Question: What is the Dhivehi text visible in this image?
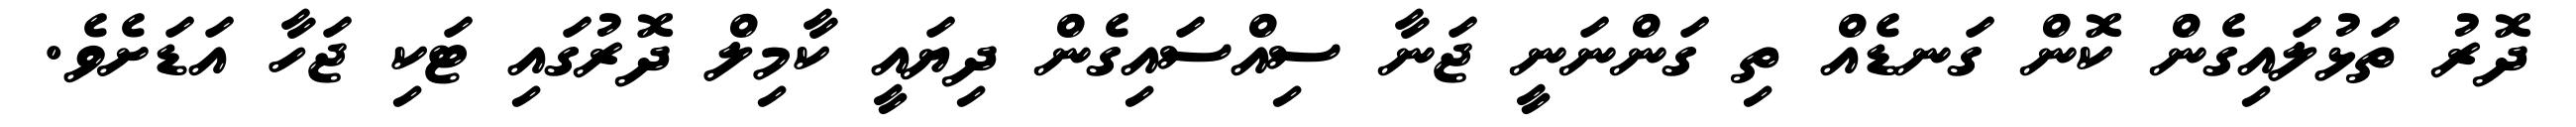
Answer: ދޮރު ތަޅުލައިގެން ކޮން ގަނޑެއް ތި ގަންނަނީ ޖަނާ ސިއްސައިގެން ދިޔައީ ކާމިލް ދޮރުގައި ޓަކި ޖަހާ އަޑަށެވެ.